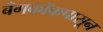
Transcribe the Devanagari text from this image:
बँगकॉकपासून